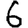
Digit: 6